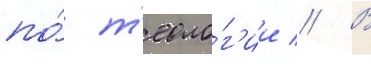
по́ т'еоло́г'ии // В